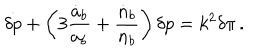
\dot { \delta p } + \left( 3 { \frac { \dot { a } _ { b } } { a _ { b } } } + { \frac { \dot { n } _ { b } } { n _ { b } } } \right) \delta p = k ^ { 2 } \delta \pi \, .